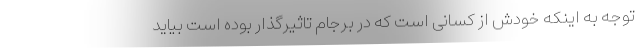
توجه به اینکه خودش از کسانی است که در برجام تاثیرگذار بوده است بیاید